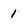
Character: 1